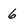
Character: 6